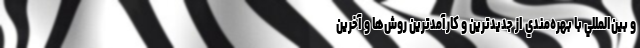
و بين‌المللي با بهره‌مندي از جديدترين و کارآمدترين روش‌ها و آخرين